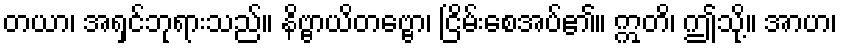
တယာ၊ အရှင်ဘုရားသည်။ နိဗ္ဗာယိတဗ္ဗော၊ ငြိမ်းစေအပ်၏။ ဣတိ၊ ဤသို့။ အာဟ၊